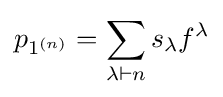
p_{1^{(n)}}=\sum _{\lambda \vdash n}s_{\lambda }f^{\lambda }